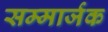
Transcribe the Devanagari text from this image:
सम्मार्जक